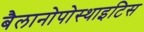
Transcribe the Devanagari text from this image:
बैलानोपोस्थाइटिस